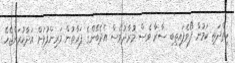
ހިތްދަތި ކަމުން ފޯވެފައިތިބި ސާރާ ވެސް މުރާދުވެސް އެދެބޭންގެ ފަރާތުން މަރިންފުޅަށް އަދާކުރަންޖެހޭ